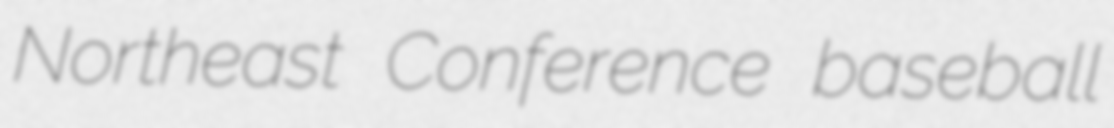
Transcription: Northeast Conference baseball